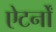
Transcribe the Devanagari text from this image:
ऐटर्नों